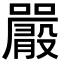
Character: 𡃫